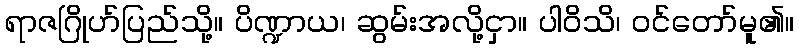
ရာဇဂြိုဟ်ပြည်သို့။ ပိဏ္ဍာယ၊ ဆွမ်းအလို့ငှာ။ ပါဝိသိ၊ ဝင်တော်မူ၏။